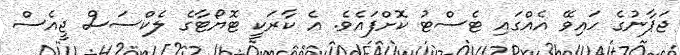
ޖަޕާނުގެ ހައިވޭ އެއްގައި ޓެސްޓު ކޮށްފައެވެ. އެ ކާރަކީ ޓޮޔޯޓާގެ ލެކްސަސް ޖީއެސް